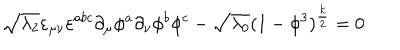
\sqrt { \lambda _ { 2 } } \varepsilon _ { \mu \nu } \varepsilon ^ { a b c } \partial _ { \mu } \phi ^ { a } \partial _ { \nu } \phi ^ { b } \phi ^ { c } - \sqrt { \lambda _ { 0 } } ( 1 - \phi ^ { 3 } ) ^ { \frac { k } { 2 } } = 0